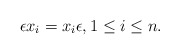
\begin{align*} \epsilon x_i = x_i \epsilon, 1 \leq i \leq n.\end{align*}